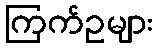
ကြက်ဥများ